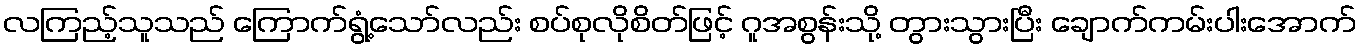
လကြည့်သူသည် ကြောက်ရွံ့သော်လည်း စပ်စုလိုစိတ်ဖြင့် ဂူအစွန်းသို့ တွားသွားပြီး ချောက်ကမ်းပါးအောက်